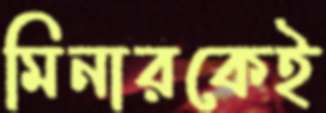
মিনারকেই